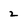
Character: 2